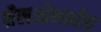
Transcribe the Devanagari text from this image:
शैलओभभोव